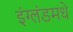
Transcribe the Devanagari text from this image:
इंग्लंडमधे